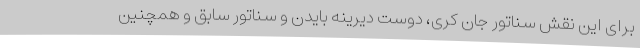
برای این نقش سناتور جان کری، دوست دیرینه بایدن و سناتور سابق و همچنین